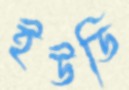
ইউডি